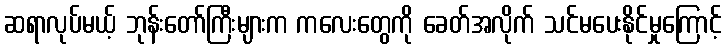
ဆရာလုပ်မယ့် ဘုန်းတော်ကြီးများက ကလေးတွေကို ခေတ်အလိုက် သင်မပေးနိုင်မှုကြောင့်